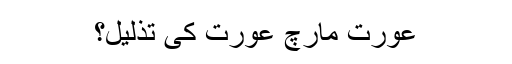
عورت مارچ عورت کی تذلیل؟